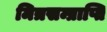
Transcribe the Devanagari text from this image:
मित्रसम्प्राप्ति